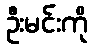
ဦးမင်းကို